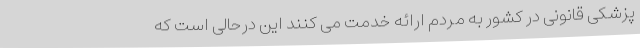
پزشکی قانونی در کشور به مردم ارائه خدمت می کنند این درحالی است که